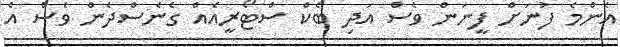
އެންމެ ފުނަށް ފީނަން ވެސް އަދި ބެކް ސްޓޯރީއެއް ގެނެސްދެން ވެސް އެ